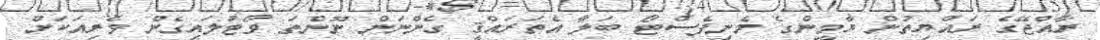
ރާއްޖޭގެ ރައްޔިތުން ޔާމީންގެ މެނިފެސްޓޯ ބަލާ އެތަރައްޤީ ގެންނަން ނޫންތަ ވޯޓުލައިގެން ވެރިއަކަށް